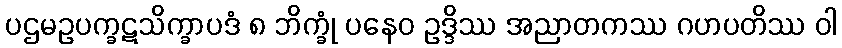
ပဌမဥပက္ခဋသိက္ခာပဒံ ၈ ဘိက္ခုံ ပနေဝ ဥဒ္ဒိဿ အညာတကဿ ဂဟပတိဿ ဝါ